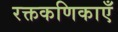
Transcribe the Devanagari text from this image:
रक्तकणिकाएँ